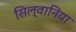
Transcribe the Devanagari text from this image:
सिल्वानिया